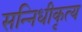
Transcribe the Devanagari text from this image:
सन्निधीकृत्य